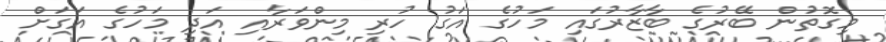
މިގޮތުން ބޭރުގެ ބާޒާރުގައި މަހުގެ އަގު ހުރި މިންވަރާއި އަދި މަހުގެ އަގަށް